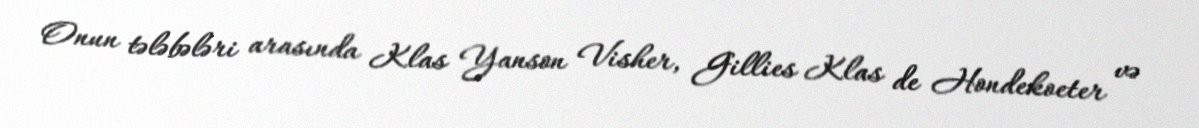
Onun tələbələri arasında Klas Yanson Visher, Gillies Klas de Hondekoeter və